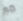
مع